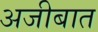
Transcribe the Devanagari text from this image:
अजीबात